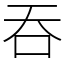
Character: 吞